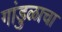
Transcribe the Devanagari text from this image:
गांडुळाचा